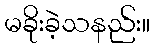
မခိုးခဲ့သနည်း။